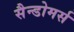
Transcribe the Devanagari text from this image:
सैन्डोमर्स